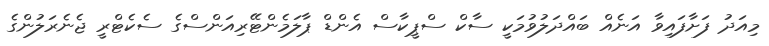
މިއަދު ފަށާފައިވާ އަނެއް ބައްދަލުވުމަކީ ސާކް ސްޕީކާސް އެންޑް ޕާލަމެންޓޭރިއަންސްގެ ސެކެޓްރީ ޖެނެރަލުންގެ